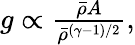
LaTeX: \begin{array}{r}{g\propto\frac{\bar{\rho}A}{\bar{\rho}^{(\gamma-1)/2}},}\end{array}